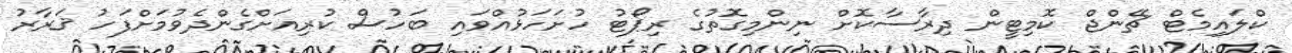
ކްލައިމެޓް ޗޭންޖް ކޮމިޓީން ދިރާސާކޮށް ނިންމިގޮތުގެ ރިޕޯޓު ހުށަހަޅުއްވައި ބަހުސް ކުރިއަށްގެންދެވުމަށްފަހު ޤަރާރު